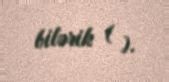
bilərik ( ).